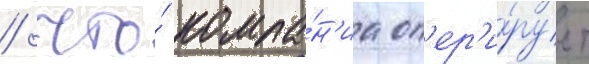
/ что́ компа́н'иа оп'ер'и́рует